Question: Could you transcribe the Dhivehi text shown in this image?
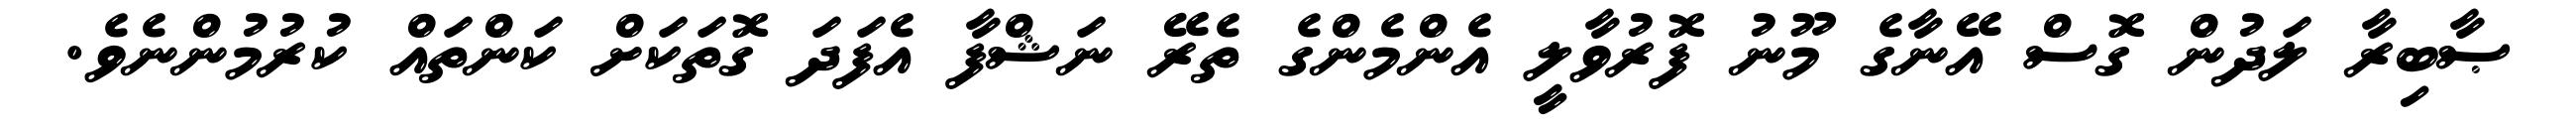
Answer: ޞާބިރާ ލަދުން ގޮސް އޭނާގެ މޫނު ފޮރުވާލީ އެންމެންގެ ތެރޭ ނަޝްފާ އެފަދަ ގޮތަކަށް ކަންތައް ކުރުމުންނެވެ.